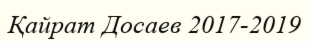
Қайрат Досаев 2017-2019